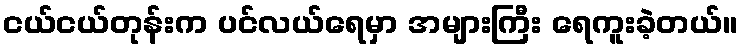
ငယ်ငယ်တုန်းက ပင်လယ်ရေမှာ အများကြီး ရေကူးခဲ့တယ်။